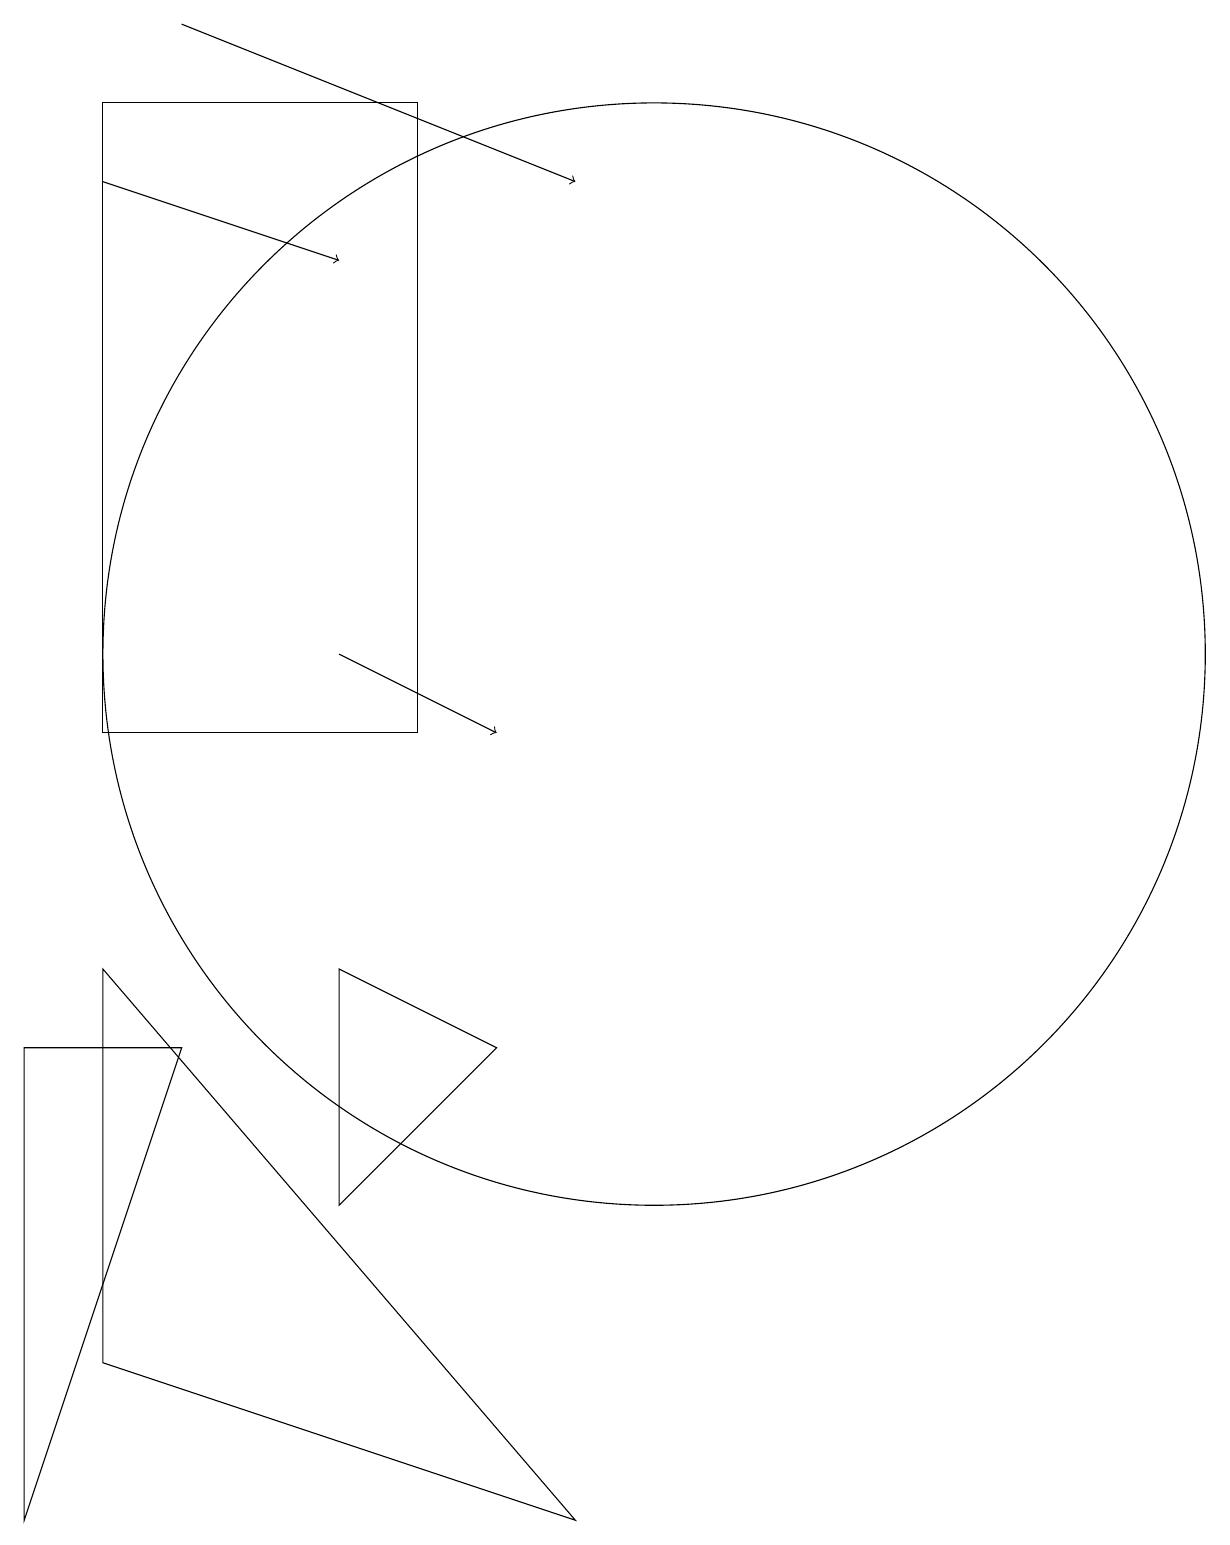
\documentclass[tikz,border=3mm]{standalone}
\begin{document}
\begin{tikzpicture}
\draw (6,4) -- (6,7) -- (8,6) -- cycle;
\draw (2,0) -- (2,6) -- (4,6) -- cycle;
\draw (10,11) circle (7);
\draw[->] (6,11) -- (8,10);
\draw (3,10) rectangle (7,18);
\draw[->] (4,19) -- (9,17);
\draw[->] (3,17) -- (6,16);
\draw (3,7) -- (3,2) -- (9,0) -- cycle;
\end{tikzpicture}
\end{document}